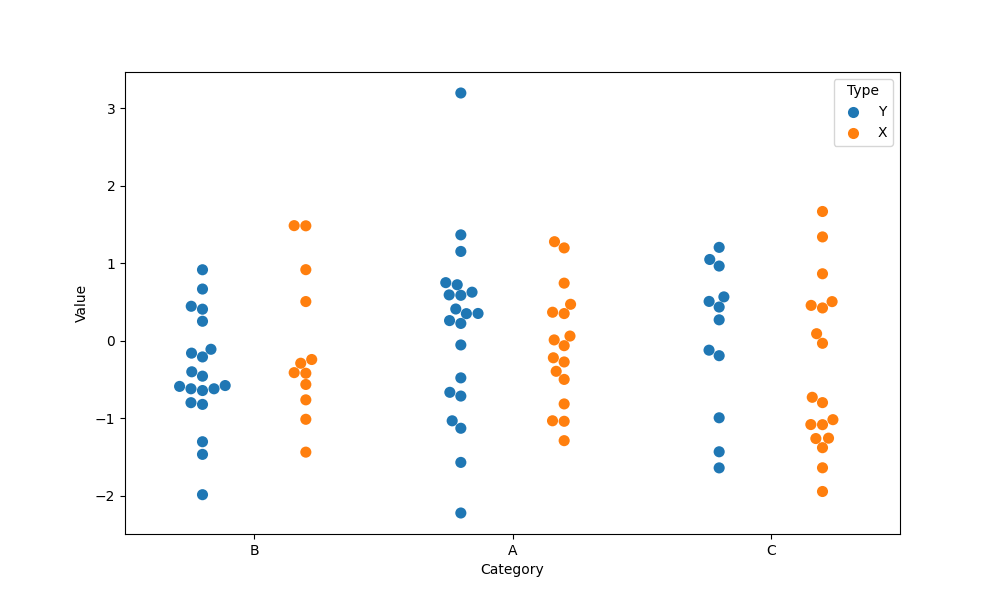
python, seaborn, swarmplot, dodge=True, alpha=1.0, size=8